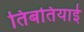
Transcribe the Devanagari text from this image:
तिबतियाई